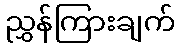
ညွှန်ကြားချက်